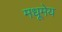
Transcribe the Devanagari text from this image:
मधूमेय